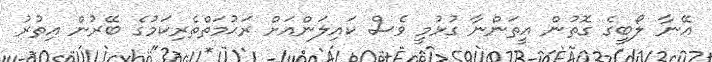
އޭނާ ލޯބީގެ ގޮތުން އީތަންނާ ގުޅުމީ ވެސް ކައިލަންއަށް ރަޙުމަތްތެރިކަމުގެ ބޭރުން އިތުރު